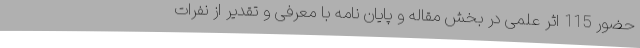
حضور 115 اثر علمی در بخش مقاله و پایان نامه با معرفی و تقدیر از نفرات